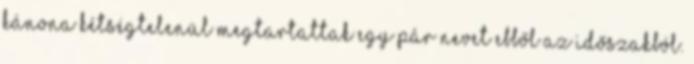
kánona kétségtelenül megtartattak egy pár nevet ebből az időszakból.